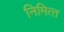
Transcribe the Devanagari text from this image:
निमित्‍त